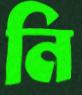
নি